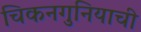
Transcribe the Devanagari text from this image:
चिकनगुनियाची